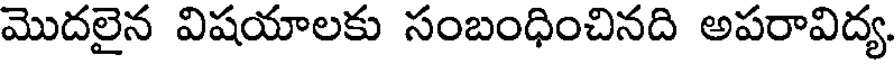
మొదలైన విషయాలకు సంబంధించినది అపరావిద్య.